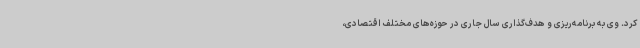
کرد. وی به برنامه‌ریزی و هدف‌گذاری سال جاری در حوزه‌های مختلف اقتصادی،